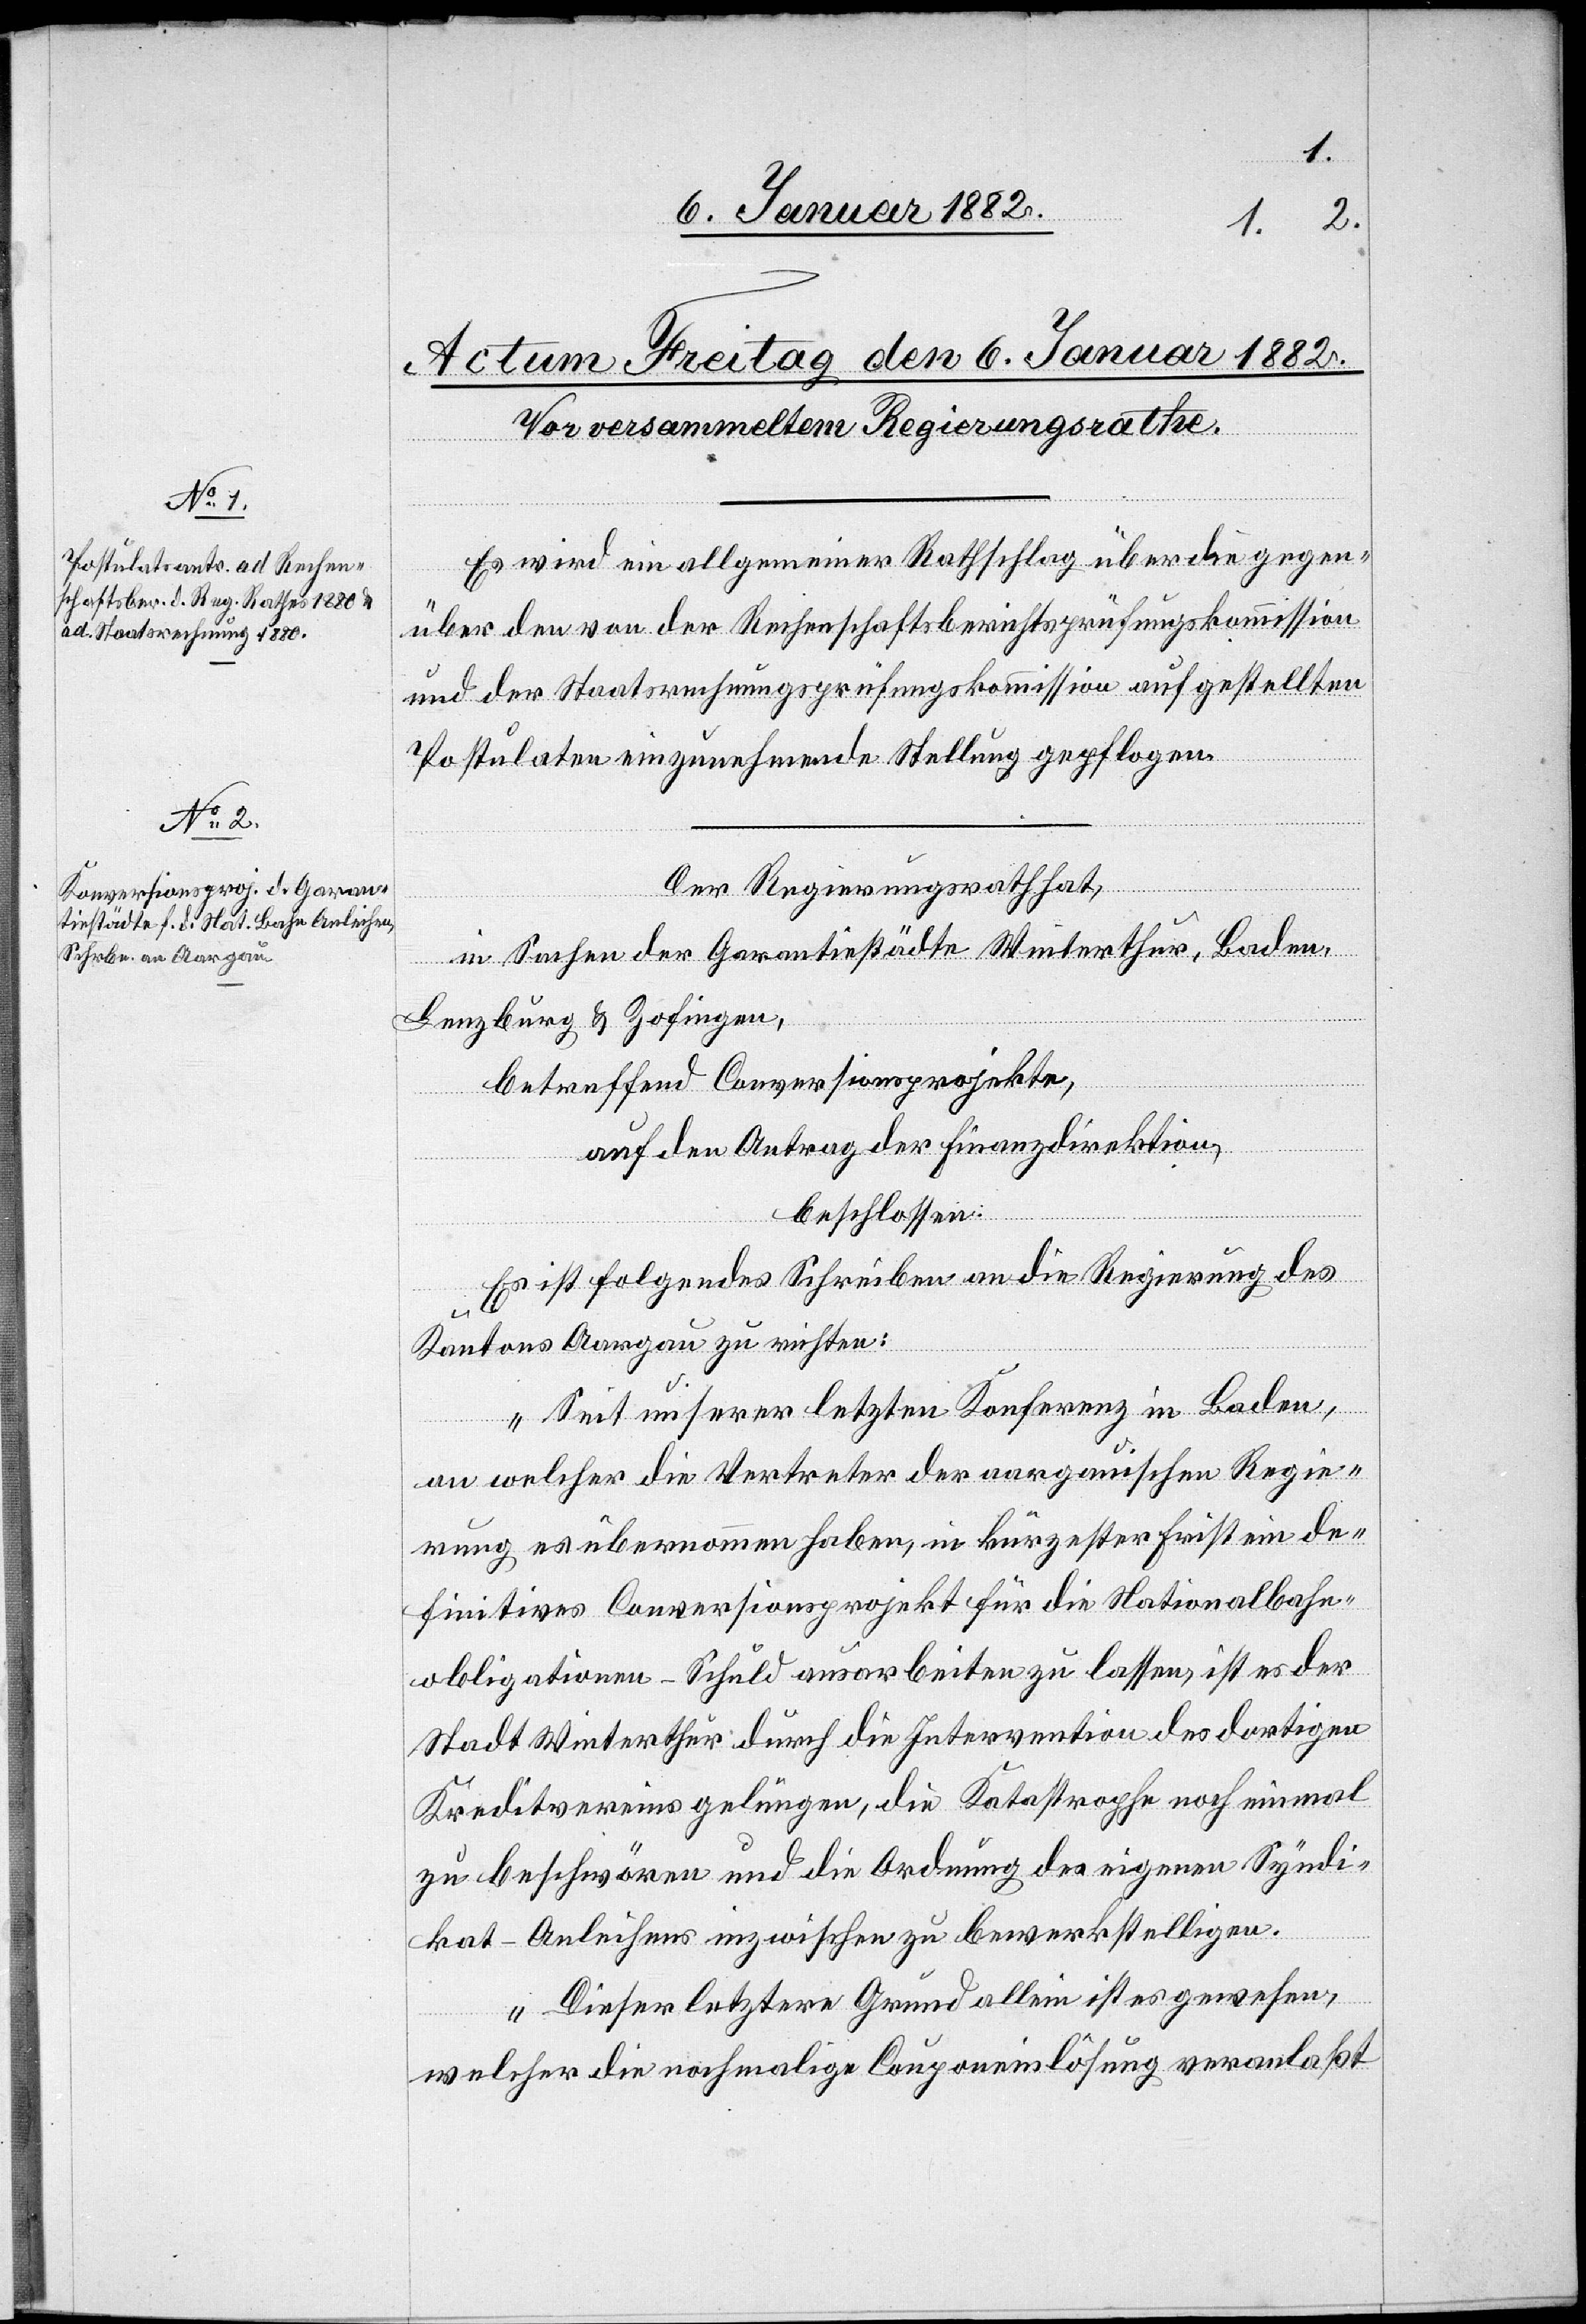
Es wird ein allgemeiner Rathschlag über die gegen¬
über den von der Rechenschaftsberichtsprüfungskommission
und der Staatsrechnungsprüfungskommission aufgestellten
Postulaten einzunehmende Stellung gepflogen.
Der Regierungsrath hat,
in Sachen der Garantiestädte Winterthur, Baden,
Lenzburg & Zofingen,
betreffend Conversionsprojekte,
auf den Antrag der Finanzdirektion,
beschlossen:
Es ist folgendes Schreiben an die Regierung des
Kantons Aargau zu richten:
„Seit unserer letzten Konferenz in Baden,
an welcher die Vertreter der aargauischen Regie¬
rung es übernommen haben, in kürzester Frist ein de¬
finitives Conversionsprojekt für die Nationalbahn¬
obligationen-Schuld ausarbeiten zu lassen, ist es der
Stadt Winterthur durch die Intervention des dortigen
Kreditvereins gelungen, die Katastrophe noch einmal
zu beschwören und die Ordnung des eigenen Syndi¬
kat-Anleihens inzwischen zu bewerkstelligen.
Dieser letztere Grund allein ist es gewesen,
welcher die nochmalige Couponeinlösung veranlaßt